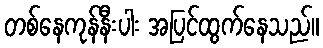
တစ်နေကုန်နီးပါး အပြင်ထွက်နေသည်။